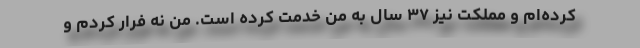
کرده‌ام و مملکت نیز ۳۷ سال به من خدمت کرده است. من نه فرار کردم و